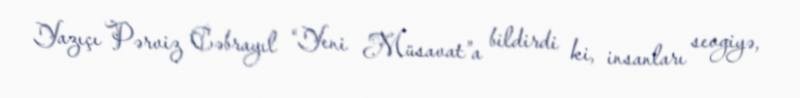
Yazıçı Pərviz Cəbrayıl “Yeni Müsavat”a bildirdi ki, insanları sevgiyə,